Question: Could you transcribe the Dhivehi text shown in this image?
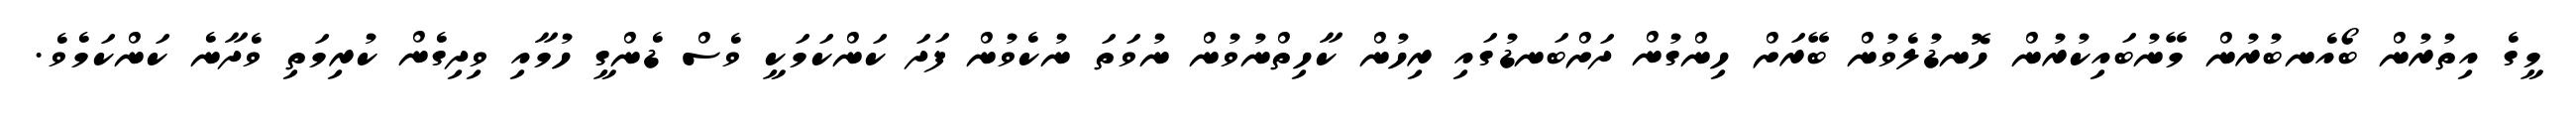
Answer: މީގެ އިތުރުން ބޯއެނބުރުން މޭނުބައިކުރުން ހޮނޑުލެވުން ބޭރަށް ހިންގުން ދަށްބަނޑުގައި ރިހުން ކާހިތްނުވުން ނުވަތަ ނުކެވުން ފަދަ ކަންކަމަކީ ވެސް ޑެންގީ ހުމާއި ވިދިގެން ކުރިމަތި ވެދާނެ ކަންކަމެވެ.